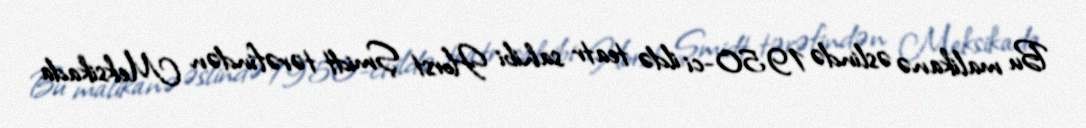
Bu malikanə əslində 1950-ci ildə teatr sahibi Horst Şmidt tərəfindən Meksikada